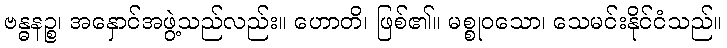
ဗန္ဓနဉ္စ၊ အနှောင်အဖွဲ့သည်လည်း။ ဟောတိ၊ ဖြစ်၏။ မစ္စုဝသော၊ သေမင်းနိုင်ငံသည်။